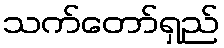
သက်တော်ရှည်